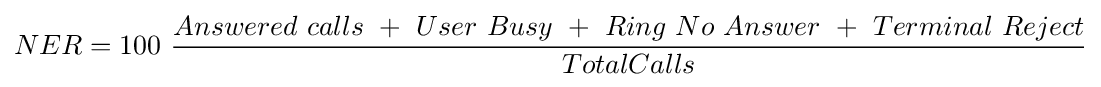
NER=100\ {\frac {Answered\ calls\ +\ User\ Busy\ +\ Ring\ No\ Answer\ +\ Terminal\ Reject}{TotalCalls}}